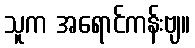
သူက အရောင်ကန်းဗျ။